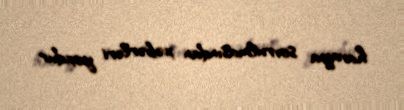
havaya sovrulmasından xəbərləri yoxdur.